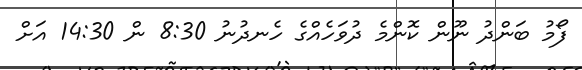
ފޯމު ބަންދު ނޫން ކޮންމެ ދުވަހެއްގެ ހެނދުނު 8:30 ން 14:30 އަށް